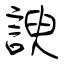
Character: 諛